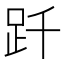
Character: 𧿐